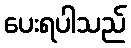
ပေးရပါသည်